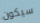
سيكون